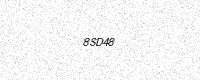
Text: 8SD48